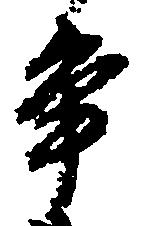
争